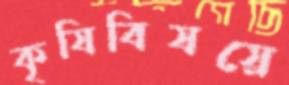
কৃষিবিষয়ে